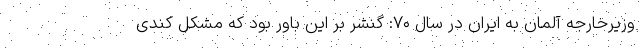
وزیرخارجه آلمان به ایران در سال ۷۰: گنشر بر این باور بود که مشکل کندی